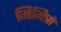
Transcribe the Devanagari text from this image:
मिमित्रों